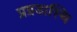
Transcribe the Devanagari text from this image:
प्रग्रडास्थि